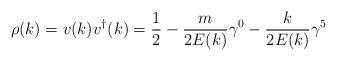
LaTeX: \begin{align*}\rho(k) = v(k)v^{\dagger}(k) = \frac{1}{2} - \frac{m}{2E(k)} \gamma^{0}-\frac{k}{2E(k)} \gamma^{5}\end{align*}